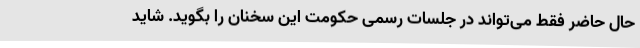
حال حاضر فقط می‌تواند در جلسات رسمی حکومت این سخنان را بگوید. شاید